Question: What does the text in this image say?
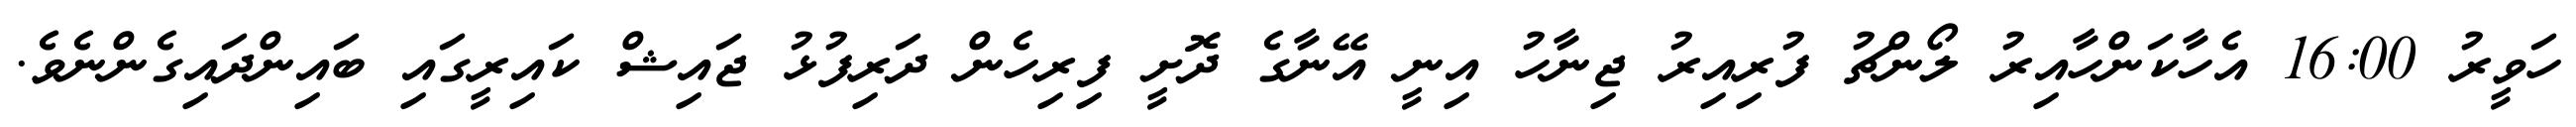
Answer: ހަވީރު 16:00 އެހާކަންހާއިރު ލޯންޗު ފުރިއިރު ޖިނާހު އިނީ އޭނާގެ ދޮށީ ފިރިހެން ދަރިފުޅު ޖައިޝް ކައިރީގައި ބައިންދައިގެންނެވެ.